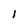
Character: l